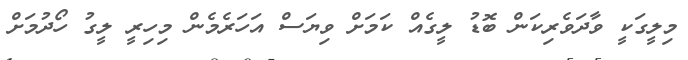
މިލީގަކީ ވާދަވެރިކަން ބޮޑު ލީގެއް ކަމަށް ވިޔަސް އަހަރެމެން މިހިރީ ލީގު ހޯދުމަށް